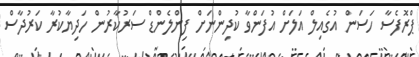
ޕްރޮފެސާ ހަސަން އުގެއިލް އަލަށް އުފަންވާ ކުދިންނަށް ފިންލެންޑް ސަރުކާރުން ހަދިޔާކުރާ ކަރުދާސް